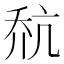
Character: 𪜎